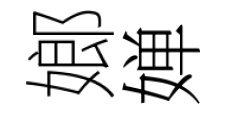
嫏婵